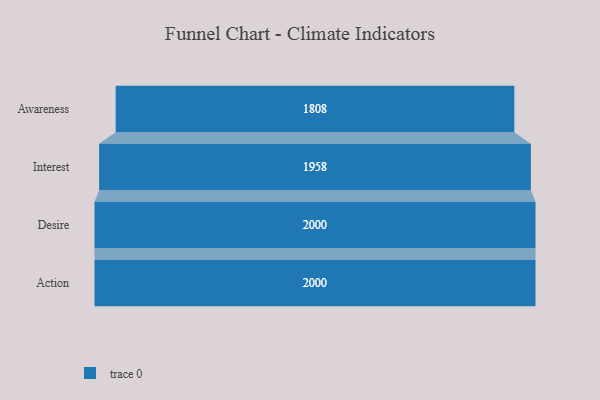
{"axis": {"x": "Stage", "y": "Value"}, "legend": [""], "data": [{"x": "Awareness", "y": 1808.0, "type": ""}, {"x": "Interest", "y": 1958.0, "type": ""}, {"x": "Desire", "y": 2000, "type": ""}, {"x": "Action", "y": 2000, "type": ""}]}